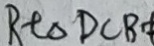
R t \Delta D C B